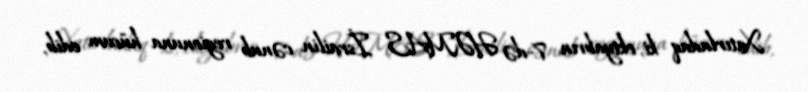
Xatırladaq ki, oktyabrın 7-də HƏMAS İsrailin cənub regionuna hücum edib,